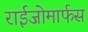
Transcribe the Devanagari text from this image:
राईजोमार्फस